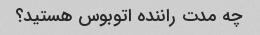
چه مدت راننده اتوبوس هستید؟